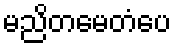
မညိတမေတံပေ